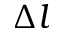
\Delta l